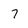
Character: 7